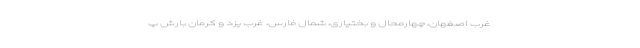
غرب اصفهان، چهارمحال و بختیاری، شمال فارس، غرب یزد و کرمان بارش پ